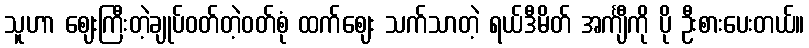
သူဟာ ဈေးကြီးတဲ့ချုပ်ဝတ်တဲ့ဝတ်စုံ ထက်ဈေး သက်သာတဲ့ ရယ်ဒီမိတ် အင်္ကျီကို ပို ဦးစားပေးတယ်။